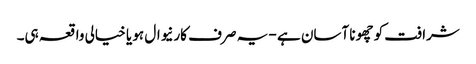
شرافت کو چھونا آسان ہے - یہ صرف کارنیوال ہو یا خیالی واقعہ ہی۔